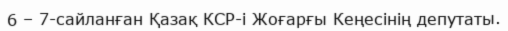
6 – 7-сайланған Қазақ КСР-і Жоғарғы Кеңесінің депутаты.